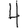
Digit: 4